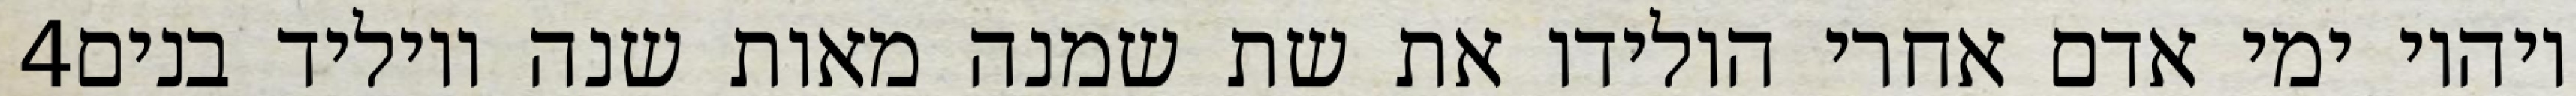
‎4‏ ויהיו ימי אדם אחרי הולידו את שת שמנה מאות שנה ויוליד בנים